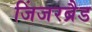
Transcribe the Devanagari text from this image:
जिंजरब्रैड